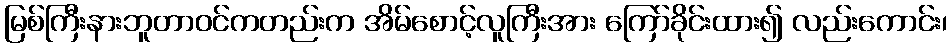
မြစ်ကြီးနားဘူတာဝင်ကတည်းက အိမ်စောင့်လူကြီးအား ကြော်ခိုင်းထား၍ လည်းကောင်း၊